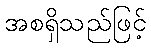
အစရှိသည်ဖြင့်